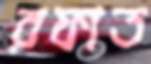
রফাত